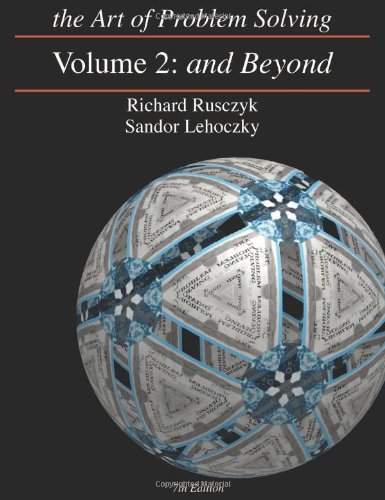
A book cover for The Art of Problem Solving, Vol. 2: And Beyond; Richard Rusczyk; Business & Money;